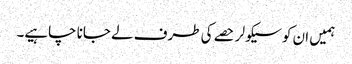
ہمیں ان کو سیکولر حصے کی طرف لے جانا چاہیے۔